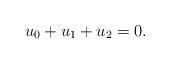
LaTeX: \begin{align*} u_{0}+u_{1}+u_{2}=0. \end{align*}